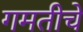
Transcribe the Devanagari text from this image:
गमतीचे